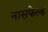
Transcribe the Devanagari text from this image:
नासफेल्ड